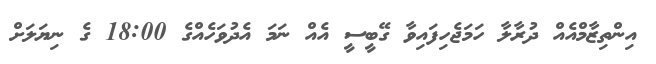
އިންތިޒާމްއެއް ދުރާލާ ހަމަޖެހިފައިވާ ގޭބީސީ އެއް ނަމަ އެދުވަހެއްގެ 18:00 ގެ ނިޔަލަށް